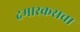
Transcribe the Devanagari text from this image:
दमास्कसचा